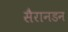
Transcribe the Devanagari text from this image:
सैरानडन